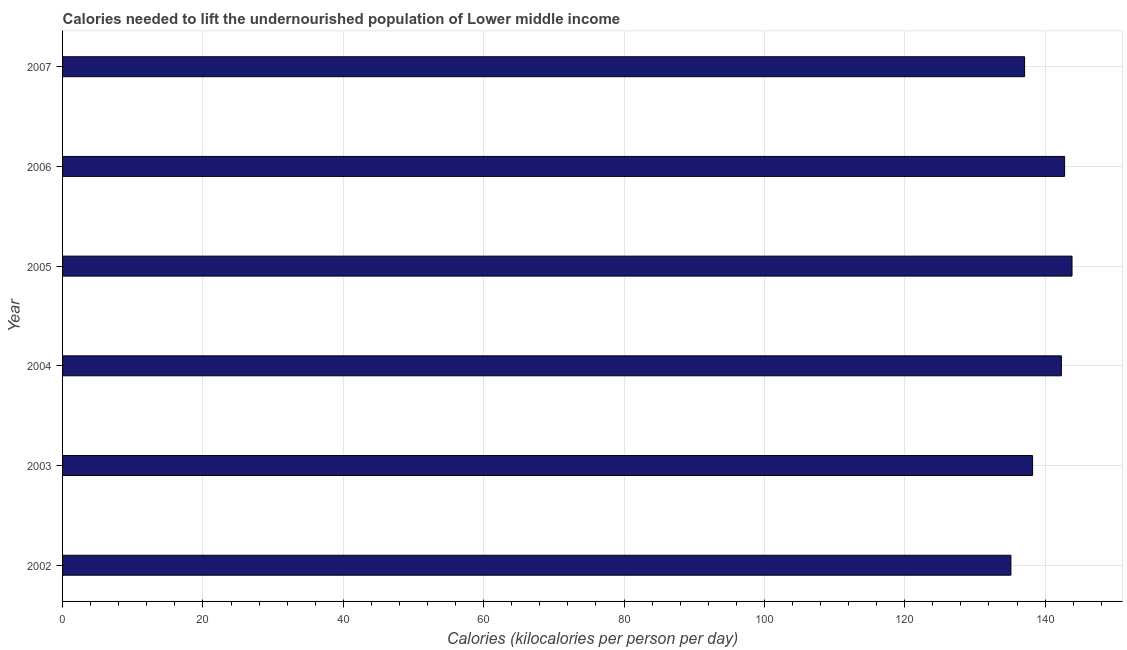
| Year | Depth of the food deficit |
 | --- | --- |
 | 2002 | 135 |
 | 2003 | 138 |
 | 2004 | 142 |
 | 2005 | 144 |
 | 2006 | 143 |
 | 2007 | 137 |